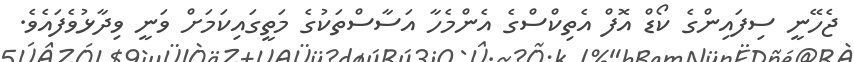
ޖެހޭނީ ސިފައިންގެ ކޯޑް އޮފް އެތިކްސްގެ އެންމެހާ އަސާސްތަކުގެ މަތީގައިކަމަށް ވަނީ ވިދާޅުވެފައެވެ.